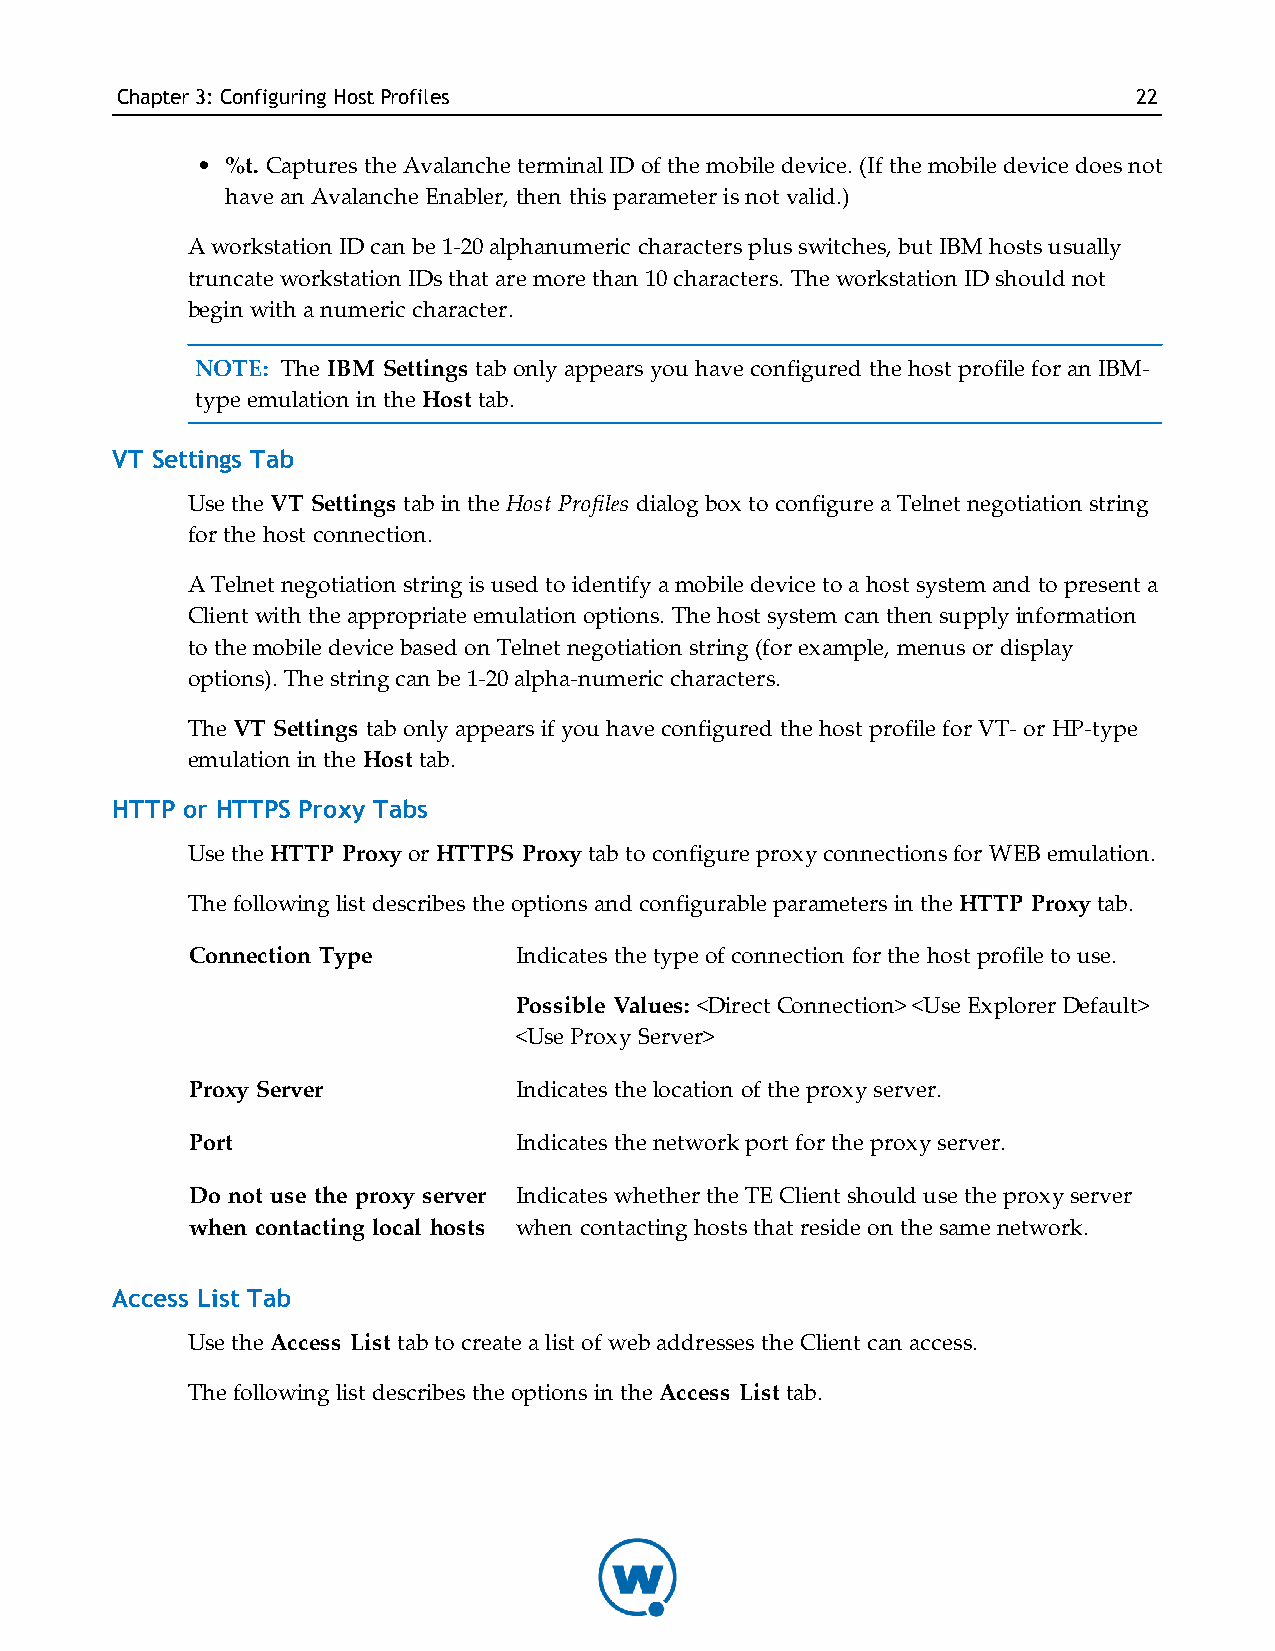
Chapter3: Configuring HostProfiles                                 22
 • %t. Captures the Avalanche terminal ID of the mobile device. (If the mobile device does not
 have an Avalanche Enabler, then this parameter is not valid.)
 A workstation ID can be 1-20 alphanumeric characters plus switches, but IBM hosts usually
 truncate workstation IDs that are more than 10 characters. The workstation ID should not
 begin with a numeric character.
 NOTE: The IBM Settings tab only appears you have configured the host profile for an IBM-
 type emulation in the Host tab.
 VT Settings Tab
 Use the VT Settings tab in the Host Profiles dialog box to configure a Telnet negotiation string
 for the host connection.
 A Telnet negotiation string is used to identify a mobile device to a host system and to present a
 Client with the appropriate emulation options. The host system can then supply information
 to the mobile device based on Telnet negotiation string (for example, menus or display
 options). The string can be 1-20 alpha-numeric characters.
 The VT Settings tab only appears if you have configured the host profile for VT- or HP-type
 emulation in the Host tab.
 HTTP or HTTPS Proxy Tabs
 Use the HTTP Proxy or HTTPS Proxy tab to configure proxy connections for WEB emulation.
 The following list describes the options and configurable parameters in the HTTP Proxy tab.
 Connection Type      Indicates the type of connection for the host profile to use.
 Possible Values: <Direct Connection> <Use Explorer Default>
 <Use Proxy Server>
 Proxy Server         Indicates the location of the proxy server.
 Port                 Indicates the network port for the proxy server.
 Do not use the proxy server Indicates whether the TE Client should use the proxy server
 when contacting local hosts when contacting hosts that reside on the same network.
 Access List Tab
 Use the Access List tab to create a list of web addresses the Client can access.
 The following list describes the options in the Access List tab.